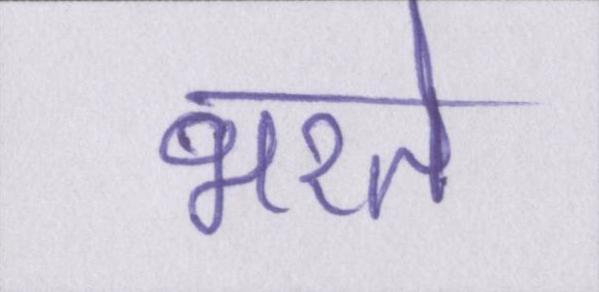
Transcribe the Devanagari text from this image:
भरते